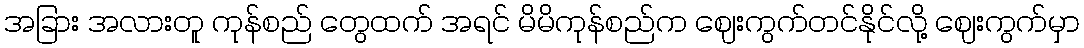
အခြား အလားတူ ကုန်စည် တွေထက် အရင် မိမိကုန်စည်က ဈေးကွက်တင်နိုင်လို့ ဈေးကွက်မှာ